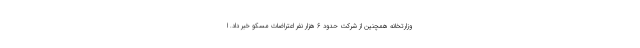
وزارتخانه همچنین از شرکت حدود 6 هزار نفر اعتراضات مسکو خبر داد. ا